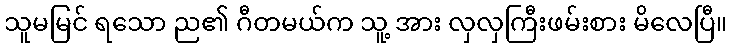
သူမမြင် ရသော ည၏ ဂီတမယ်က သူ့ အား လှလှကြီးဖမ်းစား မိလေပြီ။